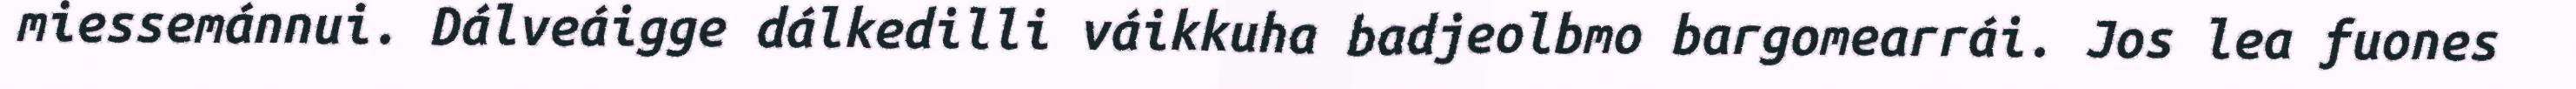
miessemánnui. Dálveáigge dálkedilli váikkuha badjeolbmo bargomearrái. Jos lea fuones